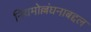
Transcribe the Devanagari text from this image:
नियमोल्लंघनाबद्दल